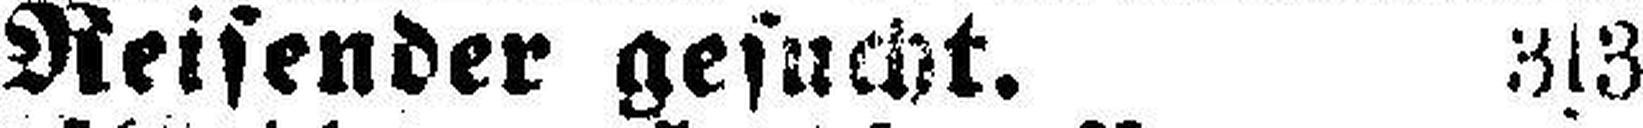
Reisender gesucht. 3s3